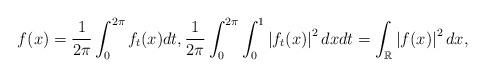
LaTeX: \begin{align*}f(x)=\frac{1}{2\pi}\int\nolimits_{0}^{2\pi}f_{t}(x)dt,\frac{1}{2\pi}\int\nolimits_{0}^{2\pi}\int_{0}^{1}\left\vert f_{t}(x)\right\vert^{2}dxdt=\int_{\mathbb{R}}\left\vert f(x)\right\vert ^{2}dx,\end{align*}